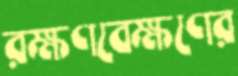
রক্ষণবেক্ষণের